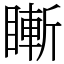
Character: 䁪